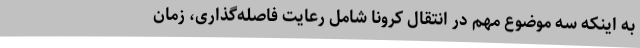
به اینکه سه موضوع مهم ‌در انتقال کرونا شامل رعایت فاصله‌گذاری، زمان